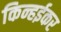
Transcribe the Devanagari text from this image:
किन्हईकर